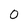
Character: 0